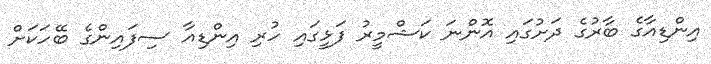
އިންޑިއާގެ ބާރުގެ ދަށުގައި އޮންނަ ކަޝްމީރު ފަޅީގައި ހުރި އިންޑިއާ ސިފައިންގެ ބޭހަކަށް